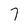
Character: 7